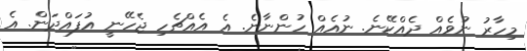
މިހާރު ނުވެއް ދެއްކޭނެ. ނުއެއް ހުންނާނެ. އެ އެއްޗެހި ޖެހޭނީ އުފައްދަން. އެ